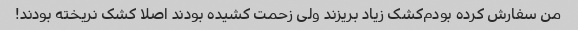
من سفارش کرده بودم‌کشک زیاد بریزند ولی زحمت کشیده بودند اصلا کشک نریخته بودند!